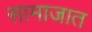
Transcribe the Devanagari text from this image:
सामाजात